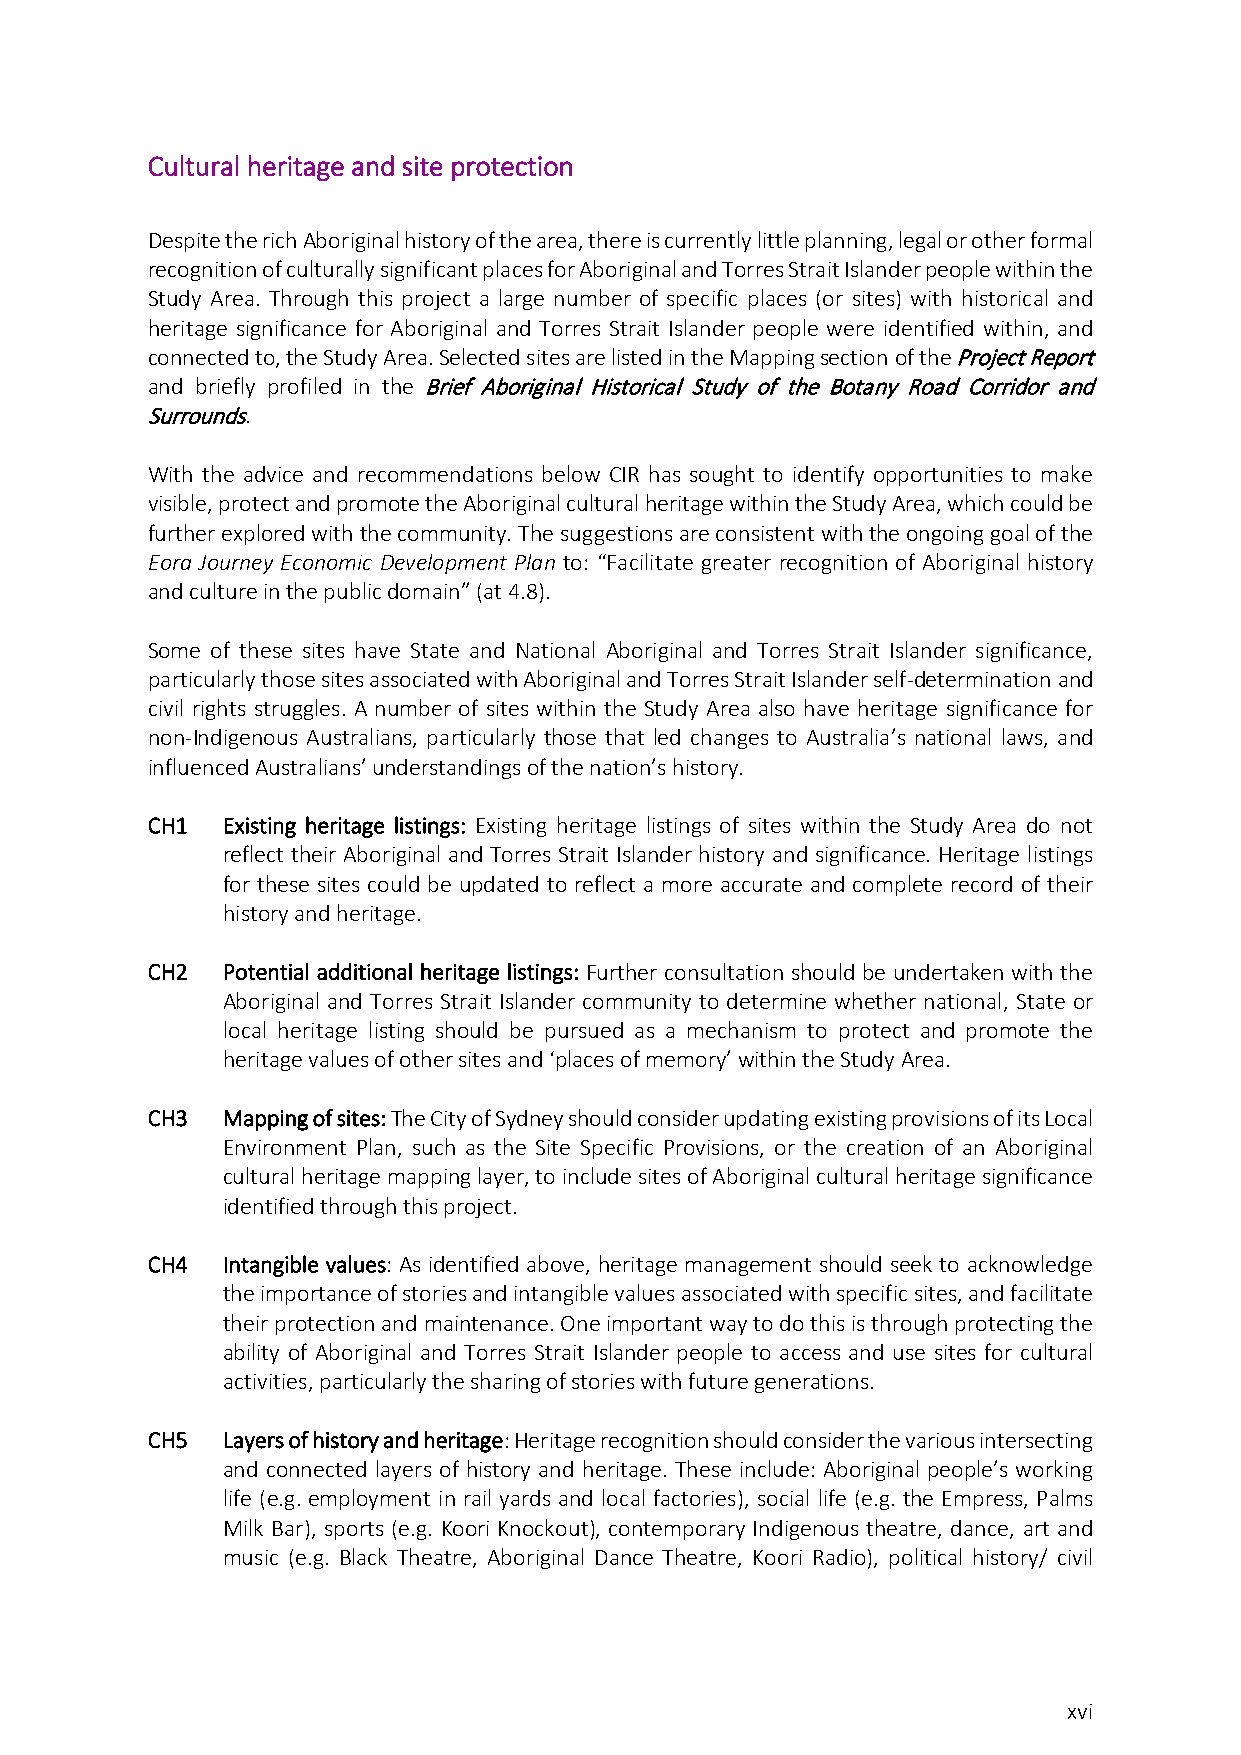
Cultural heritage and site protection
 Despite the rich Aboriginal history of the area, there is currently little planning, legal or other formal
 recognition of culturally significant places for Aboriginal and Torres Strait Islander people within the
 Study Area. Through this project a large number of specific places (or sites) with historical and
 heritage significance for Aboriginal and Torres Strait Islander people were identified within, and
 connected to, the Study Area. Selected sites are listed in the Mapping section of the Project Report
 and briefly profiled in the Brief Aboriginal Historical Study of the Botany Road Corridor and
 Surrounds.
 With the advice and recommendations below CIR has sought to identify opportunities to make
 visible, protect and promote the Aboriginal cultural heritage within the Study Area, which could be
 further explored with the community. The suggestions are consistent with the ongoing goal of the
 Eora Journey Economic Development Plan to: “Facilitate greater recognition of Aboriginal history
 and culture in the public domain” (at 4.8).
 Some of these sites have State and National Aboriginal and Torres Strait Islander significance,
 particularly those sites associated with Aboriginal and Torres Strait Islander self-determination and
 civil rights struggles. A number of sites within the Study Area also have heritage significance for
 non-Indigenous Australians, particularly those that led changes to Australia’s national laws, and
 influenced Australians’ understandings of the nation’s history.
 CH1  Existing heritage listings: Existing heritage listings of sites within the Study Area do not
 reflect their Aboriginal and Torres Strait Islander history and significance. Heritage listings
 for these sites could be updated to reflect a more accurate and complete record of their
 history and heritage.
 CH2  Potential additional heritage listings: Further consultation should be undertaken with the
 Aboriginal and Torres Strait Islander community to determine whether national, State or
 local heritage listing should be pursued as a mechanism to protect and promote the
 heritage values of other sites and ‘places of memory’ within the Study Area.
 CH3  Mapping of sites: The City of Sydney should consider updating existing provisions of its Local
 Environment Plan, such as the Site Specific Provisions, or the creation of an Aboriginal
 cultural heritage mapping layer, to include sites of Aboriginal cultural heritage significance
 identified through this project.
 CH4  Intangible values: As identified above, heritage management should seek to acknowledge
 the importance of stories and intangible values associated with specific sites, and facilitate
 their protection and maintenance. One important way to do this is through protecting the
 ability of Aboriginal and Torres Strait Islander people to access and use sites for cultural
 activities, particularly the sharing of stories with future generations.
 CH5  Layers of history and heritage: Heritage recognition should consider the various intersecting
 and connected layers of history and heritage. These include: Aboriginal people’s working
 life (e.g. employment in rail yards and local factories), social life (e.g. the Empress, Palms
 Milk Bar), sports (e.g. Koori Knockout), contemporary Indigenous theatre, dance, art and
 music (e.g. Black Theatre, Aboriginal Dance Theatre, Koori Radio), political history/ civil
 xvi